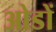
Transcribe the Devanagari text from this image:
ओडों